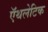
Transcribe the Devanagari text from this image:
ऍथलेटिक